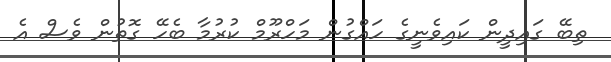
ތިބޭ ގައިދީން ކައިވެނީގެ ހައްގުން މަހްރޫމް ކުރުމާ ބެހޭ ގޮތުން ވެސް އެ